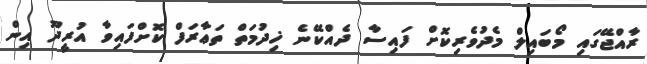
ރާއްޖޭގައި މޯބައިލް މެދުވެރިކޮށް ފައިސާ ދެއްކޭނެ ޚިދުމަތް ތަޢާރަފް ކޮށްފައިވާ އުރީދޫ އިން